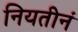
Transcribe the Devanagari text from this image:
नियतीनं